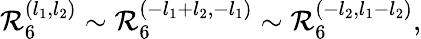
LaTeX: \mathcal{R}_{6}^{(l_{1},l_{2})}\sim\mathcal{R}_{6}^{(-l_{1}+l_{2},-l_{1})}\sim\mathcal{R}_{6}^{(-l_{2},l_{1}-l_{2})},